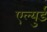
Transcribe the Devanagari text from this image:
एल्युर्ड